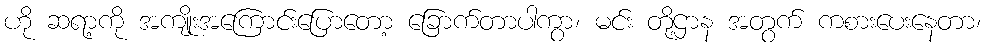
ဟို ဆရာ့ကို အကျိုးအကြောင်းပြောတော့ ခြောက်တာပါကွာ၊ မင်း တို့ဌာန အတွက် ကစားပေးနေတာ၊